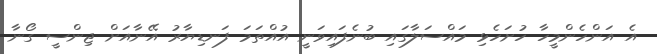
އެ އަންހެންމީހާ ހުށަހެޅި މައްސަލާގައި ބުނެފައިވަނީ އުއްތަމަ ފަނޑިޔާރު އޭނާއަށް ޖިންސީ ގޯނާ